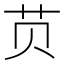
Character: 𱽎